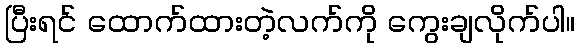
ပြီးရင် ထောက်ထားတဲ့လက်ကို ကွေးချလိုက်ပါ။